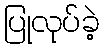
ပြုလုပ်ခဲ့